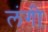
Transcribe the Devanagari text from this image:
लंगी